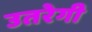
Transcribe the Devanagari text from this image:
उतरेगी